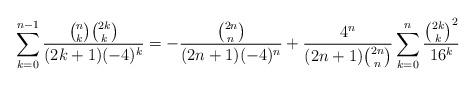
LaTeX: \begin{align*} \sum_{k=0}^{n-1}\frac{\binom nk\binom{2k}k}{(2k+1)(-4)^k}=-\frac{\binom{2n}n}{(2n+1)(-4)^n}+\frac{4^n}{(2n+1)\binom{2n}n}\sum_{k=0}^n\frac{\binom{2k}k^2}{16^k} \end{align*}